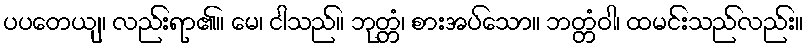
ပပတေယျ၊ လည်းရာ၏။ မေ၊ ငါသည်။ ဘုတ္တံ၊ စားအပ်သော။ ဘတ္တံဝါ၊ ထမင်းသည်လည်း။